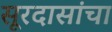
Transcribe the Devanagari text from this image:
सूरदासांचा